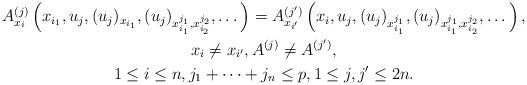
LaTeX: \begin{align*}\begin{gathered}A^{(j)}_{x_{i}}\left(x_{i_1},u_j,(u_j)_{x_{i_1}},(u_j)_{x_{i_1}^{j_1},x_{i_2}^{j_2}},\dots\right)=A^{(j')}_{x_{i'}}\left(x_i,u_j,(u_j)_{x_{i_1}^{j_1}},(u_j)_{x_{i_1}^{j_1},x_{i_2}^{j_2}},\dots\right),\\ x_{i}\neq x_{i'},A^{(j)}\neq A^{(j')},\\1\leq i\leq n,j_1+\dots+j_n\leq p, 1\leq j,j' \leq 2n.\end{gathered}\end{align*}